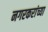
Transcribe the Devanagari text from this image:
नगरकरांच्या